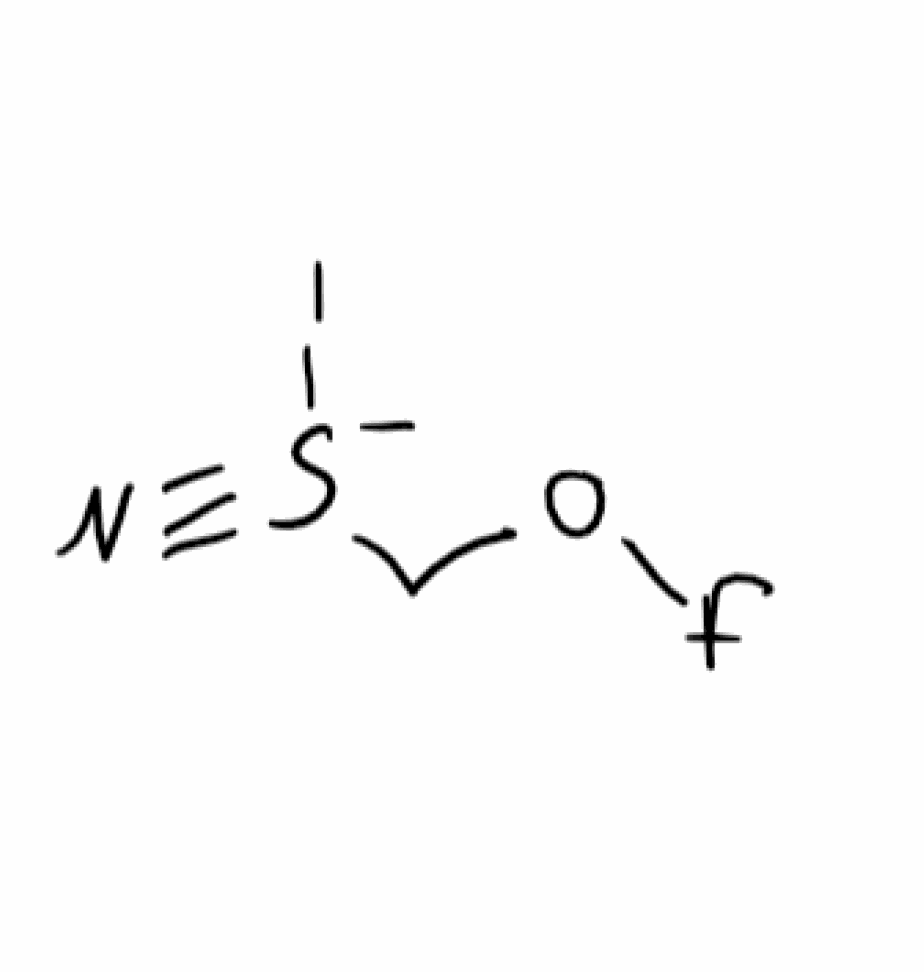
Simplified molecular-input line-entry system (SMILES) notation of the given molecule:
C(OF)[S-](#N)I